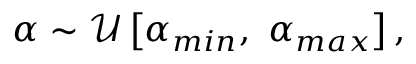
\begin{array} { r } { \alpha \sim \mathcal { U } \left[ \alpha _ { m i n } , \ \alpha _ { m a x } \right] , } \end{array}